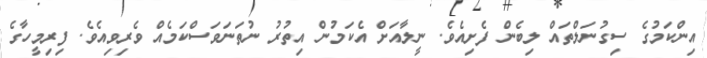
އިންކަމުގެ ސިގުނަލްތައް ލިބެން ފެށިއެވެ. ނީލާއަށް އެކަމުން އިތުރު ނުތަނަވަސްކަމެއް ވެރިވިއެވެ. ފިރިމީހާގެ